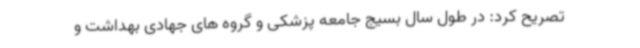
تصریح کرد: در طول سال بسیج جامعه پزشکی و گروه های جهادی بهداشت و